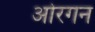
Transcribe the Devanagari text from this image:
ओरगन